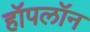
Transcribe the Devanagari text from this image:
हॉपलॉन